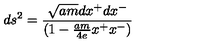
d s ^ { 2 } = { \frac { \sqrt { a m } d x ^ { + } d x ^ { - } } { ( 1 - { \frac { a m } { 4 e } } x ^ { + } x ^ { - } ) } }